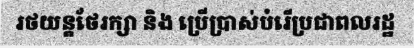
រថយន្តថែរក្សា និង ប្រើប្រាស់បំរើប្រជាពលរដ្ឋ